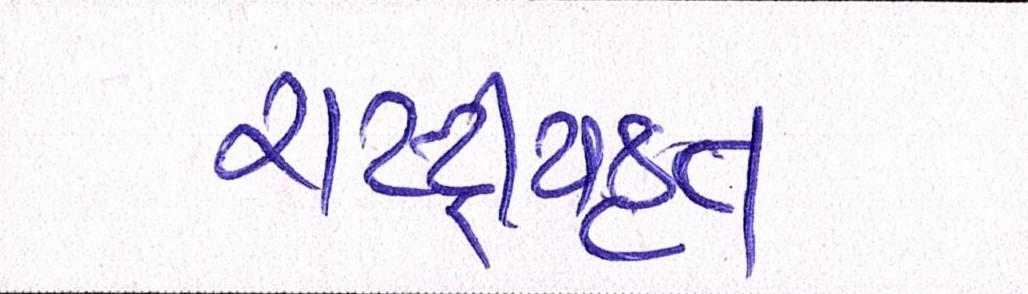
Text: રાષ્ટ્ર્રીયકૃત